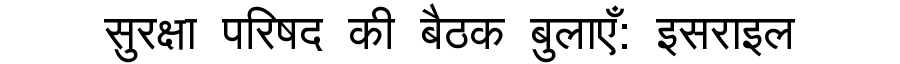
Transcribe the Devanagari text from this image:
सुरक्षा परिषद की बैठक बुलाएँ: इसराइल